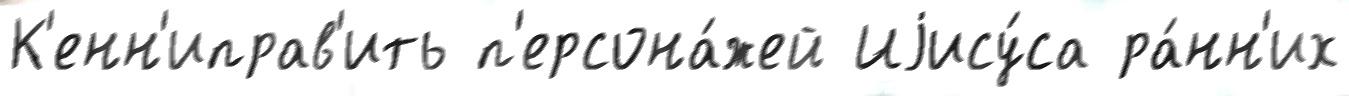
К'енн'иправ'ить п'ерсона́жей Иjису́са ра́нн'их